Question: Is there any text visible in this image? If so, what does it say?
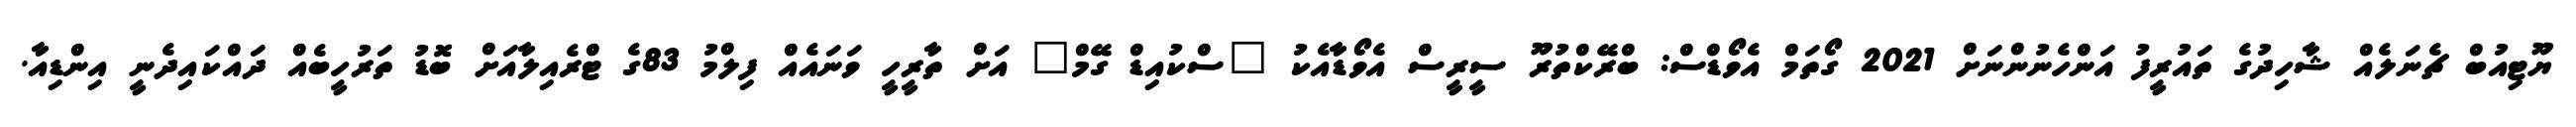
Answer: ޔޫޓިއުބް ޗެނަލެއް ޝާހިދުގެ ތައުރީފު އަންހެނުންނަށް 2021 ގޯތަމް އެވޯޑްސް: ބްރޭކްތުރޫ ސީރީސް އެވޯޑާއެކު "ސްކުއިޑް ގޭމް" އަށް ތާރީހީ ވަނައެއް ފިލްމު 83ގެ ޓްރެއިލާއަށް ބޮޑު ތަރުހީބެއް ދައްކައިދެނީ އިންޑިއާ.